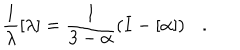
\frac { 1 } { \lambda } [ \lambda ] = \frac { 1 } { 3 - \alpha } \left( I - [ \alpha ] \right) .